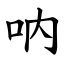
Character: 呐